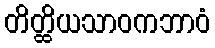
တိတ္ထိယသာဝကဘာဝံ